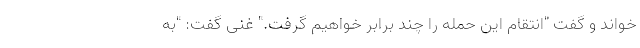
خواند و گفت "انتقام این حمله را چند برابر خواهیم گرفت." غنی گفت: "به